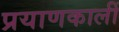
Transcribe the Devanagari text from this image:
प्रयाणकालीं